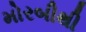
મોરબીથી